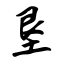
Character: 垦